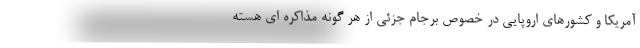
آمریکا و کشورهای اروپایی در خصوص برجام جزئی از هر گونه مذاکره ای هسته